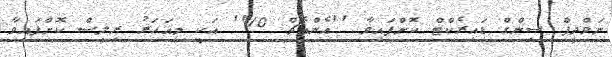
ނަވްދީޕް ސިންގް ޑައިރެކްޓް ކޮށްފައިވާ ''އެންއެޗް 10'' އަކީ މިއަހަރު ރިލީސް ކޮށްފައިވާ